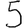
Digit: 5